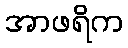
အာဖရိက